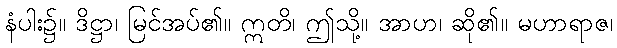
နံပါး၌။ ဒိဋ္ဌာ၊ မြင်အပ်၏။ ဣတိ၊ ဤသို့။ အာဟ၊ ဆို၏။ မဟာရာဇ၊